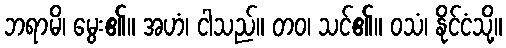
ဘရာမိ၊ မွေး၏။ အဟံ၊ ငါသည်။ တဝ၊ သင်၏။ ဝသံ၊ နိုင်ငံသို့။